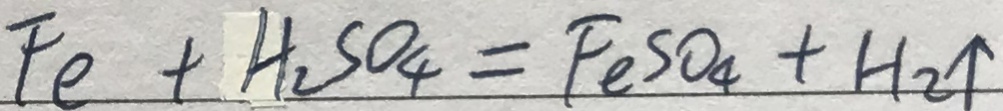
F e + H _ { 2 } S O _ { 4 } = F e S O _ { 4 } + H _ { 2 } \uparrow